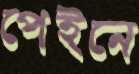
পেইনে